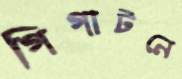
গিগাটনে